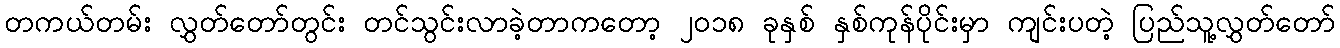
တကယ်တမ်း လွှတ်တော်တွင်း တင်သွင်းလာခဲ့တာကတော့ ၂၀၁၈ ခုနှစ် နှစ်ကုန်ပိုင်းမှာ ကျင်းပတဲ့ ပြည်သူ့လွှတ်တော်